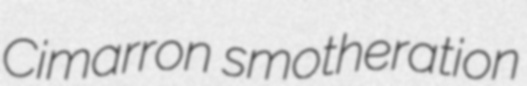
Cimarron smotheration